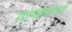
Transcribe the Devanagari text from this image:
उद्योगक्षेत्रांमध्ये